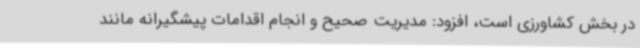
در بخش کشاورزی است، افزود: مدیریت صحیح و انجام اقدامات پیشگیرانه مانند